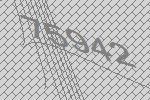
75942